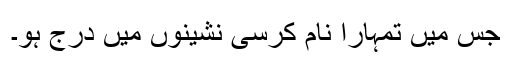
جس میں تمہارا نام کرسی نشینوں میں درج ہو۔